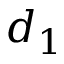
d _ { 1 }